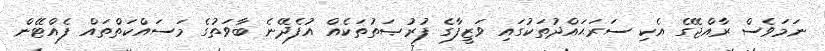
ނަމަވެސް ރާއްޖޭގެ އެކި ސަރަޙައްދުތަކުގައި ވަޒީފާގެ ފުރުޞަތުތަކެއް އުފެދޭނެ ބާވަތުގެ މަސައްކަތްތައް ފެއްޓޭން